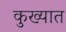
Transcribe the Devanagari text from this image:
कुख्‍यात